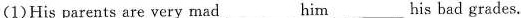
(1)His parents are very mad ___ him ___ his bad grades.